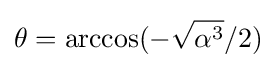
\theta =\arccos(-{\sqrt {\alpha ^{3}}}/2)